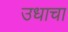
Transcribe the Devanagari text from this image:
उधाचा